Lunatic asylums in Bengal annual reports 1899-1911 - 1899-1911
Year: 1899
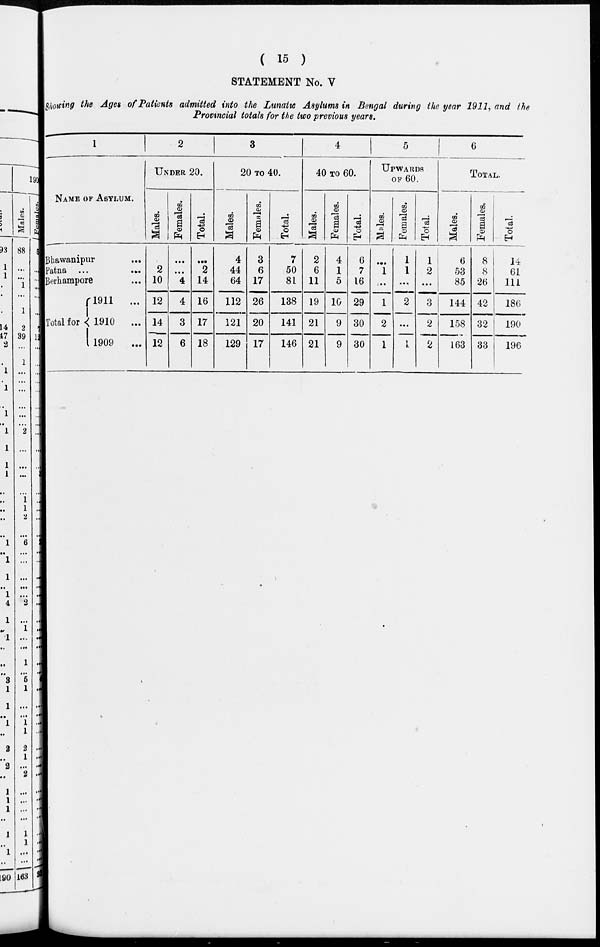
( 15 )
STATEMENT No. V
Showing the Ages of Patients admitted into the Lunatic Asylums in Bengal during the year 1911, and the
Provincial totals for the two previous years.
1
NAME OF ASYLUM.
Bhawanipur ...
Patna ...
...
Berhampore ...
Total for
1911 ...
1910 ...
1909 ...
2
UNDER 20.
Males.
2
10
12
14
12
Females.
...
...
4
4
3
6
Total.
...
2
14
16
17
18
3
20 TO 40.
Males.
4
44
64
112
121
129
Females.
3
6
17
26
20
17
Total.
7
50
81
138
141
146
4
40 TO 60.
Males.
2
6
11
19
21
21
Females.
4
1
5
10
9
9
Total.
6
7
16
29
30
30
5
UPWARDS
OF 60.
Males.
...
1
...
1
2
1
Females.
1
1
...
2
...
1
Total.
1
2
...
3
2
2
6
TOTAL.
Males.
6
53
85
144
158
163
Females.
8
8
26
42
32
33
Total.
14
61
111
186
190
196